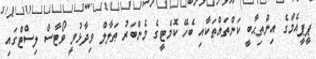
ޕީޕީއެމްގެ އިންތިޙާބީ ކަންތައްތަކާއި ބެހޭ ކޮމެޓީގެ މެންބަރު ޠަލާލް ވިދާޅުވީ ވޯޓާސް ލިސްޓްގައި